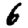
Digit: 6